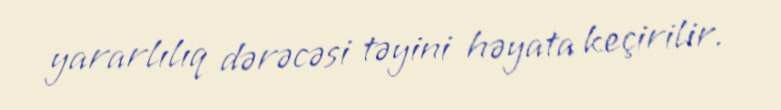
yararlılıq dərəcəsi təyini həyata keçirilir.